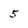
Character: 5